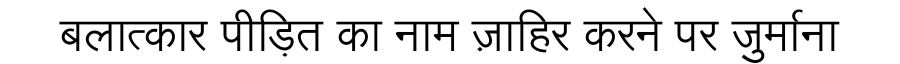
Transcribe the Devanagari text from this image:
बलात्कार पीड़ित का नाम ज़ाहिर करने पर जुर्माना